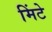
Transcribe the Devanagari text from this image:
मिंटे